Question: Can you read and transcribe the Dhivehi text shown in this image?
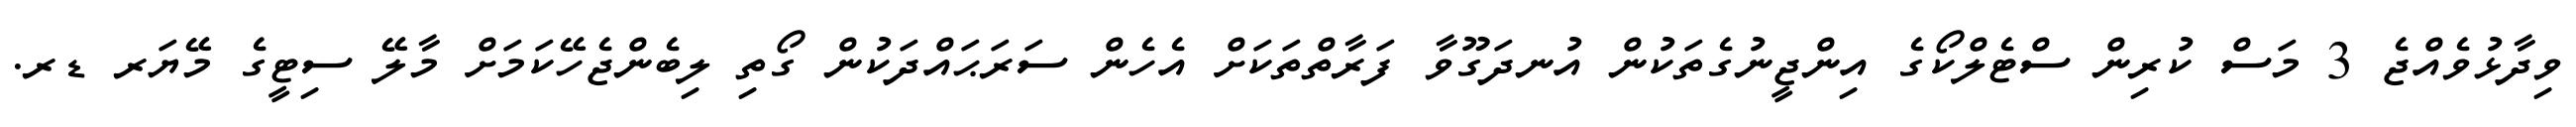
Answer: ވިދާޅުވެއްޖެ 3 މަސް ކުރިން ސްޓެލްކޯގެ އިންޖީނުގެތަކުން އުނދަގޫވާ ފަރާތްތަކަށް އެހެން ސަރަޙައްދަކުން ގޯތި ލިބެންޖެހޭކަމަށް މާލޭ ސިޓީގެ މޭޔަރ ޑރ.